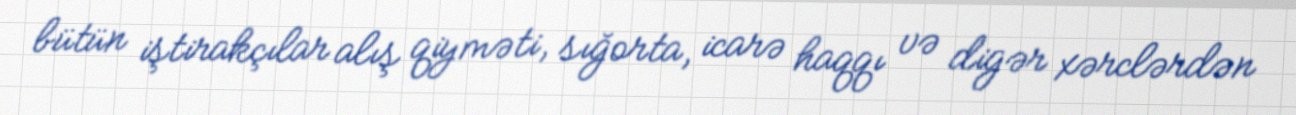
bütün iştirakçılar alış qiyməti, sığorta, icarə haqqı və digər xərclərdən